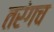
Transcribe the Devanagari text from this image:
तरंगच